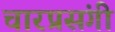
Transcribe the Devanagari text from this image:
चारप्रसंगी